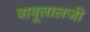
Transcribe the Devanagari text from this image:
बाबूलालजी